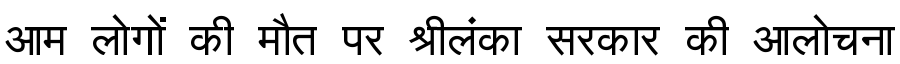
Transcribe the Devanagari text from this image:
आम लोगों की मौत पर श्रीलंका सरकार की आलोचना